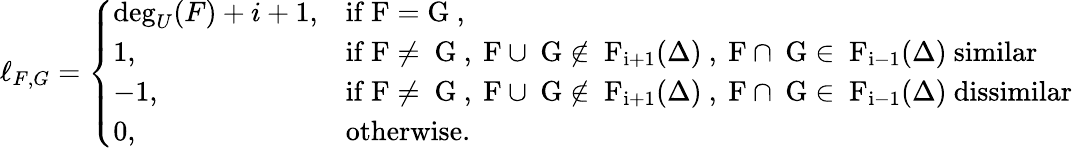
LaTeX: \ell_{F,G}=\left\{ \begin{array}{ll}{\deg_{U}(F)+i+1,}&{\mathrm{if~F=G~,}}\\ {1,}&{\mathrm{if~F\neq~G~,~F\cup~G\notin~F_{i+1}(\Delta)~,~F\cap~G\in~F_{i-1}(\Delta)~similar}}\\ {-1,}&{\mathrm{if~F\neq~G~,~F\cup~G\notin~F_{i+1}(\Delta)~,~F\cap~G\in~F_{i-1}(\Delta)~dissimilar}}\\ {0,}&{\mathrm{otherwise.}}\end{array}\right.